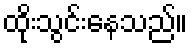
ထိုးသွင်းနေသည်။